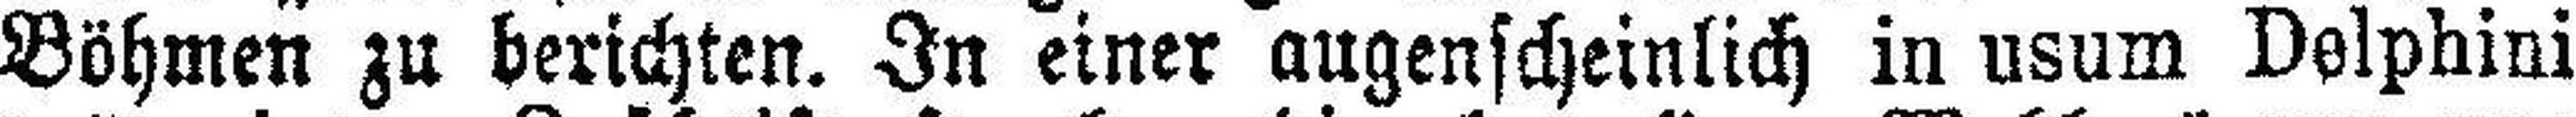
Böhmen zu berichten. In einer augenscheinlich in usum Delphini